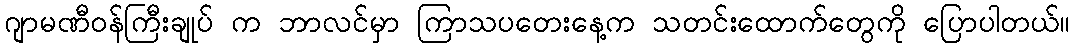
ဂျာမဏီဝန်ကြီးချုပ် က ဘာလင်မှာ ကြာသပတေးနေ့က သတင်းထောက်တွေကို ပြောပါတယ်။